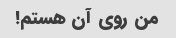
من روی آن هستم!